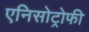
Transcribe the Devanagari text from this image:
एनिसोट्रोफी